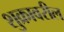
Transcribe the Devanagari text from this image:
शुक्रावरील